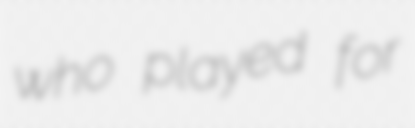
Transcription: who played for